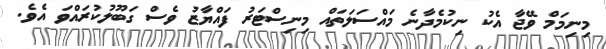
މިނިމަމް ވޭޖާ އެކު ނިކުމެދާނެ މައްސަލަތައް މިނިސްޓަރު ފައްޔާޒު ވެސް ގަބޫލުކުރައްވަ އެވެ.